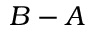
B - A